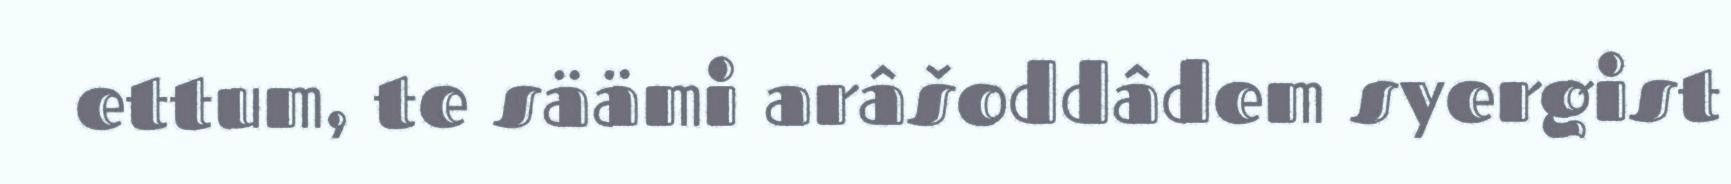
ettum, te säämi arâšoddâdem syergist